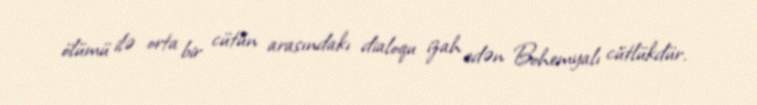
ölümü ilə orta bir cütün arasındakı dialoqu izah edən Bohemyalı cütlükdür.